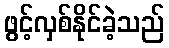
ဖွင့်လှစ်နိုင်ခဲ့သည်